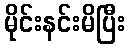
မိုင်းနင်းမိပြီး